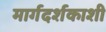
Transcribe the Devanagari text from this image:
मार्गदर्शकाशी